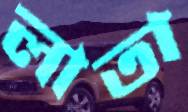
লাতা